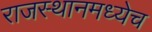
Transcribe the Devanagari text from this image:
राजस्थानमध्येच